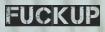
FUCKUP